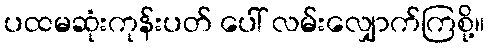
ပထမဆုံးကုန်းပတ် ပေါ် လမ်းလျှောက်ကြစို့။